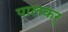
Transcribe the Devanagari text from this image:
पालकर्